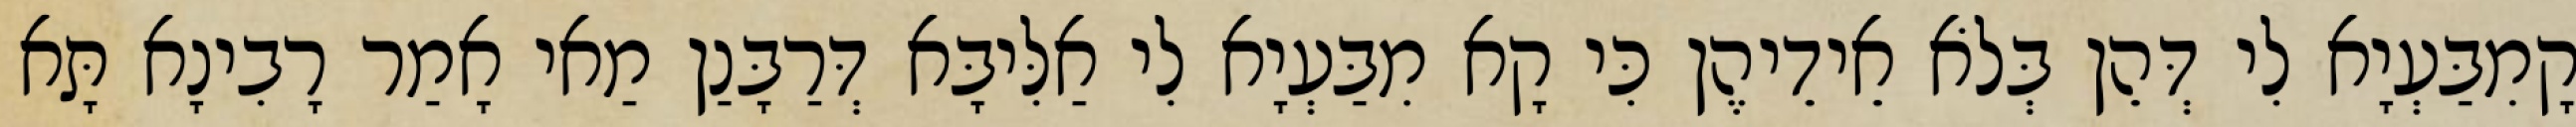
קָמִבַּעְיָא לִי דְּהֵן בְּלֹא אֵידֵיהֶן כִּי קָא מִבַּעְיָא לִי אַלִּיבָּא דְּרַבָּנַן מַאי אָמַר רָבִינָא תָּא